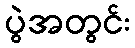
ပွဲအတွင်း